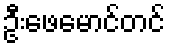
ဦးဖေမောင်တင်